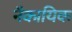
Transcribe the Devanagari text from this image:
नैकायिक